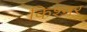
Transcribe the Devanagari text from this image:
किश्नर